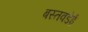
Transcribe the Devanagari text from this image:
बस्तवडेई